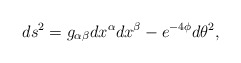
\begin{align*}ds^2 = g_{\alpha \beta} dx^{\alpha} dx^{\beta} - e^{-4 \phi} d \theta^2 ,\end{align*}